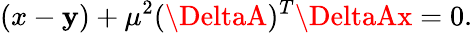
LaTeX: (x-\mathbf{y})+\mu^{2}(\DeltaA)^{T}\DeltaAx=0.